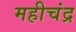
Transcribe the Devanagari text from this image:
महीचंद्र